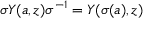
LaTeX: \sigma Y ( a , z ) \sigma ^ { - 1 } = Y ( \sigma ( a ) , z )